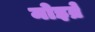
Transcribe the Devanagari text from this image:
मोइव्रे